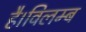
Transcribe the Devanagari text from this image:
है।विलम्ब